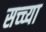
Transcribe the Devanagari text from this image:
सच्च्या